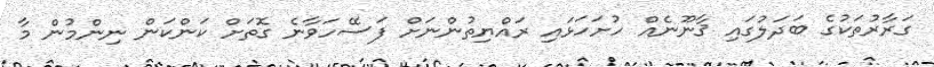
ގަރާރުތަކުގެ ބަދަލުގައި ޤާނޫނެއް ހުށަހަޅައި ރައްޔިތުންނަށް ފަސޭހަވާނެ ގޮތަށް ކަންކަން ނިންމުން މާ